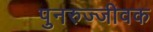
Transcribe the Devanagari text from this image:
पुनरुज्जीवक